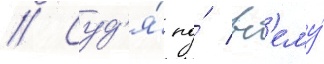
// Суд'я́ по́ вс'ему́